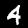
Digit: 4